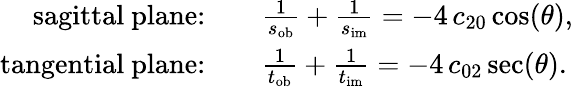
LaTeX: \begin{array}{rl}{\mathrm{sagittal~plane}{:}\quad}&{\frac{1}{s_{\mathrm{ob}}}+\frac{1}{s_{\mathrm{im}}}=-4\, c_{20}\cos(\theta),}\\ {\mathrm{tangential~plane}{:}\quad}&{\frac{1}{t_{\mathrm{ob}}}+\frac{1}{t_{\mathrm{im}}}=-4\, c_{02}\sec(\theta).}\end{array}